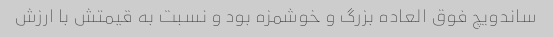
ساندویچ فوق العاده بزرگ و خوشمزه بود و نسبت به قیمتش با ارزش